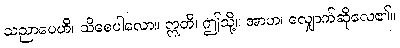
သညာပေဟိ၊ သိစေပါလော။ ဣတိ၊ ဤသို့။ အာဟ၊ လျှောက်ဆိုလေ၏။